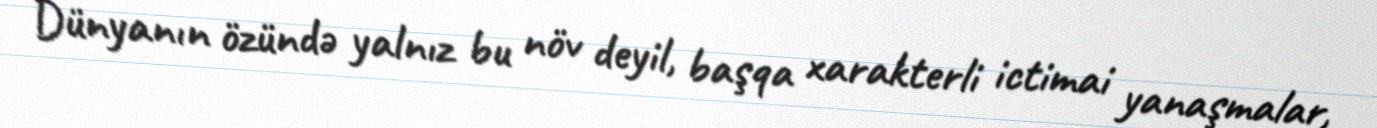
Dünyanın özündə yalnız bu növ deyil, başqa xarakterli ictimai yanaşmalar,